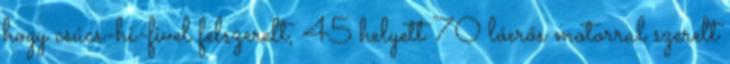
hogy csúcs-hi-fivel felszerelt, 45 helyett 70 lóerős motorral szerelt